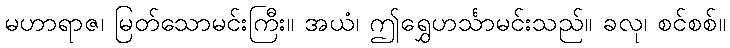
မဟာရာဇ၊ မြတ်သောမင်းကြီး။ အယံ၊ ဤရွှေဟင်္သာမင်းသည်။ ခလု၊ စင်စစ်။